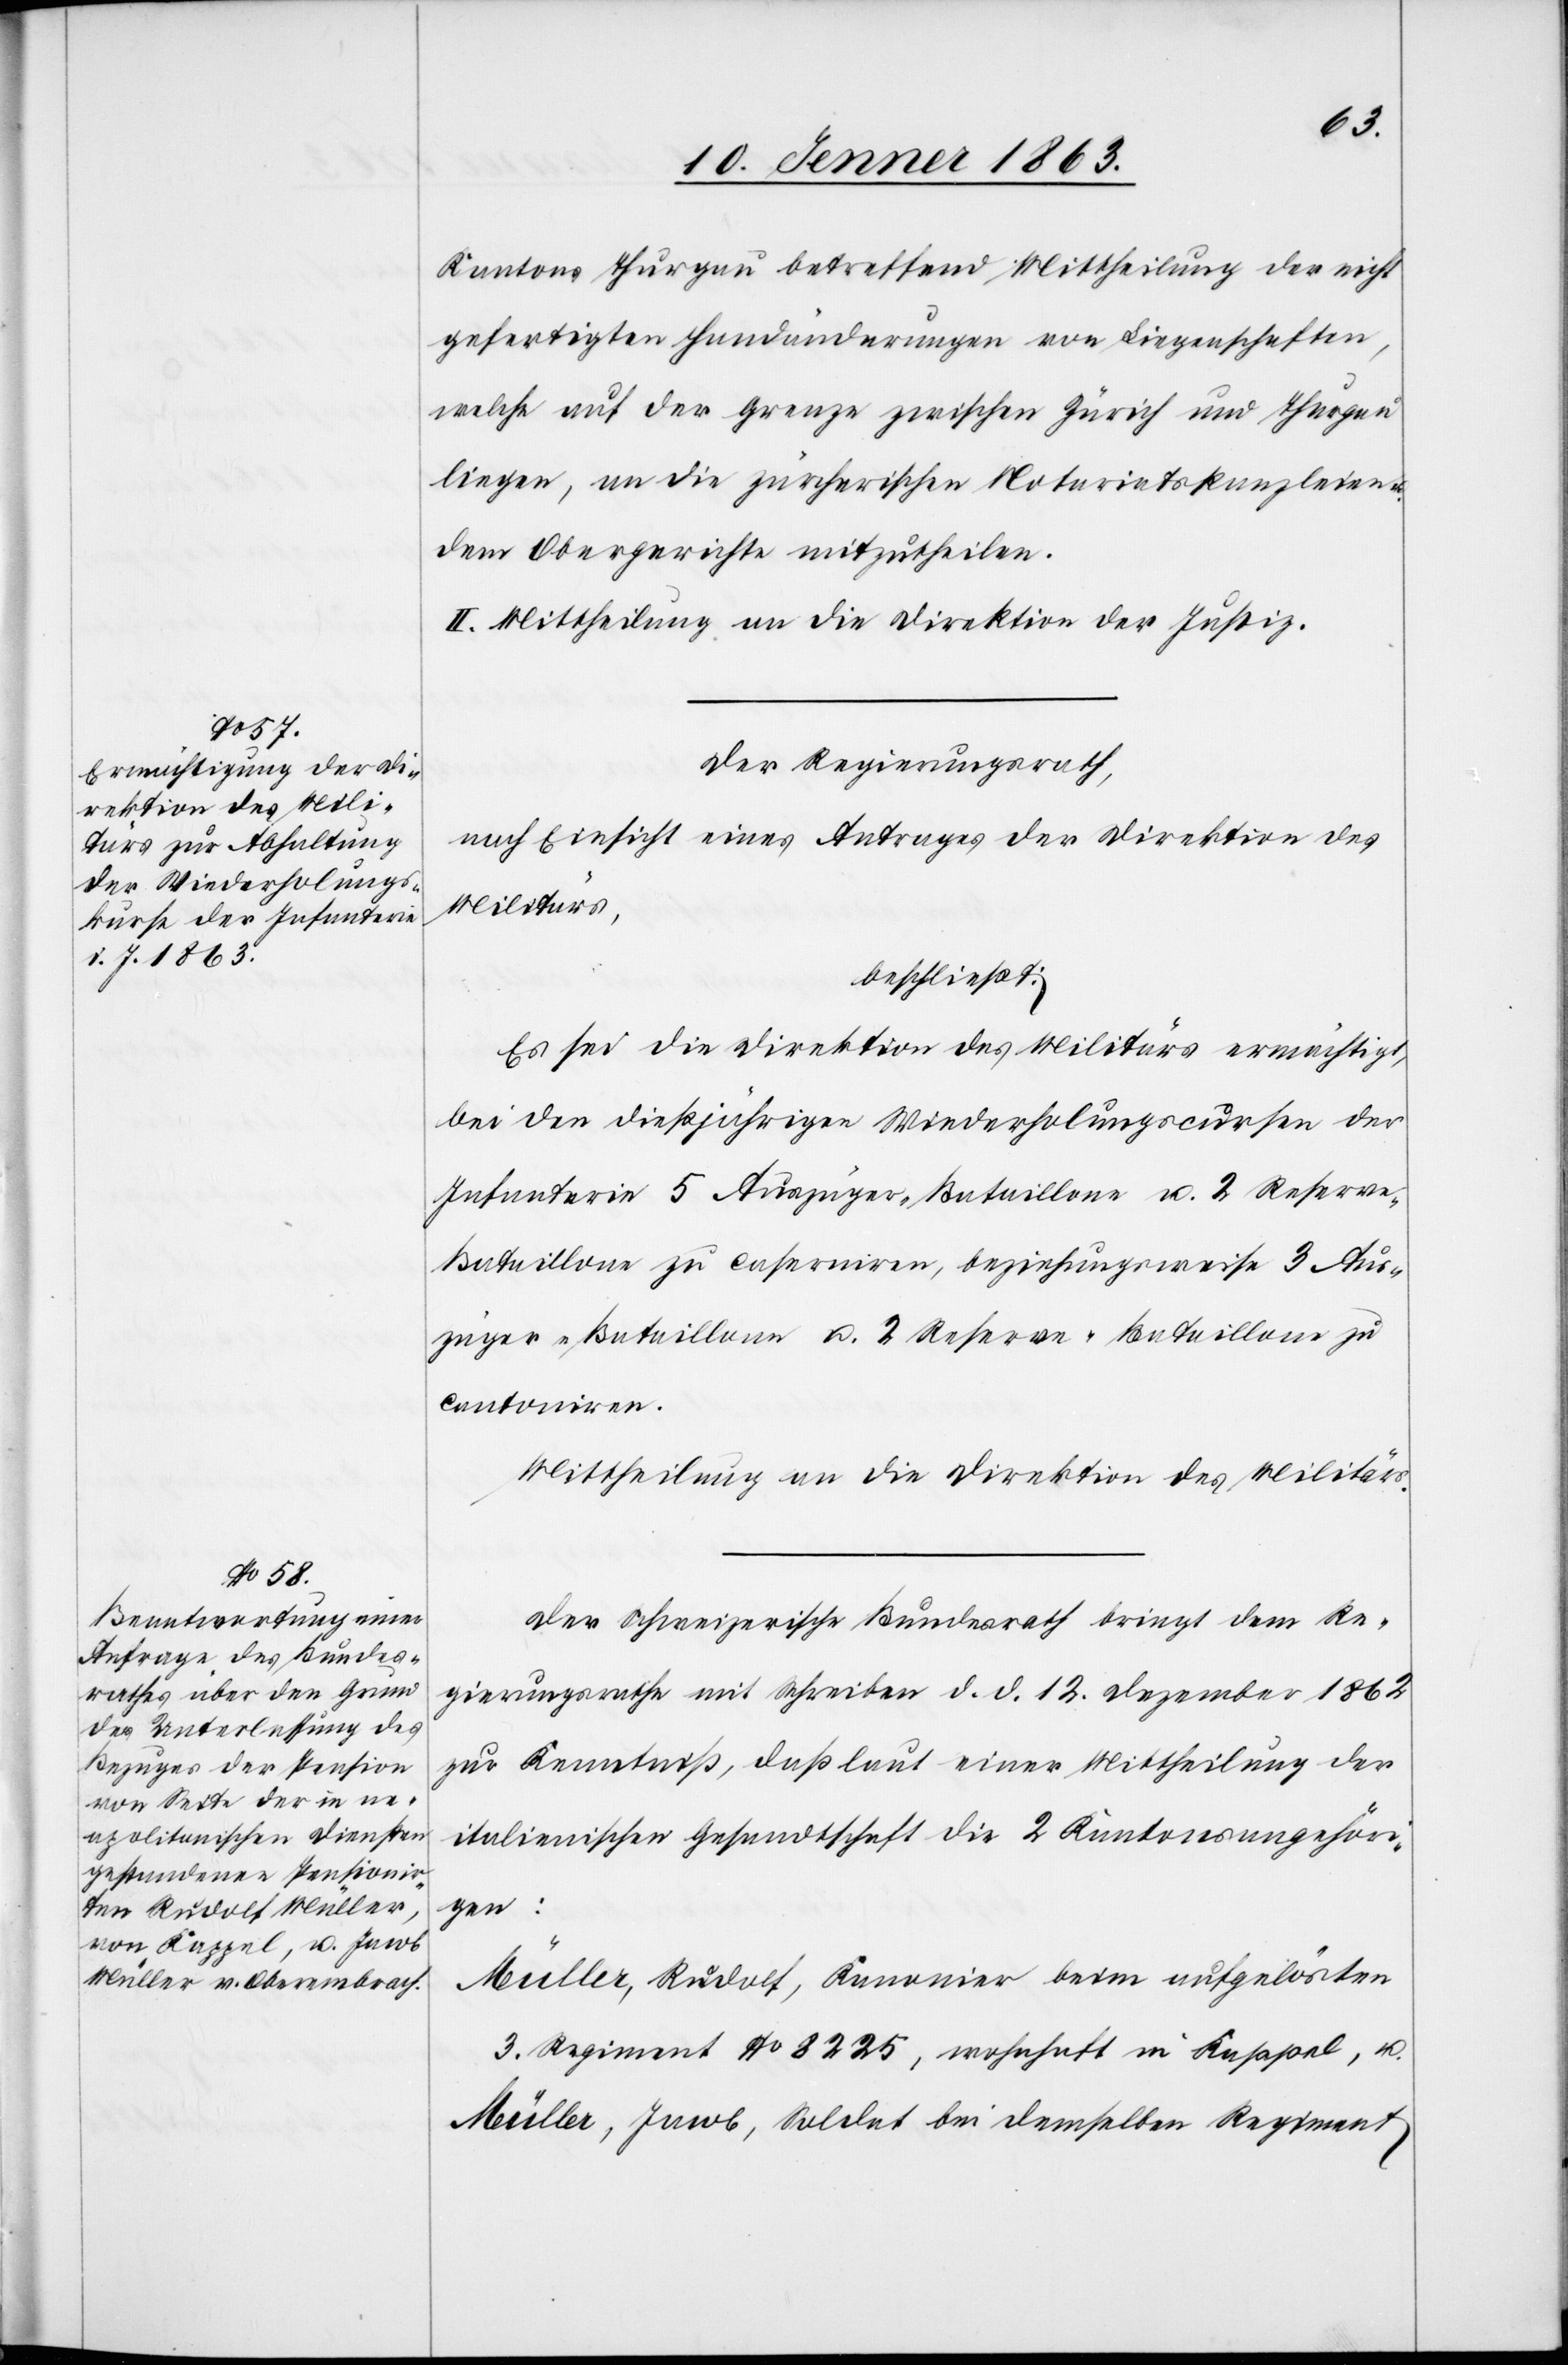
Kantons Thurgau betreffend Mittheilung der nicht
gefertigten Handänderungen von Liegenschaften,
welche auf der Grenze zwischen Zürich und Thurgau
liegen, an die zürcherischen Notariatskanzleien
dem Obergerichte mitzutheilen.
II. Mittheilung an die Direktion der Justiz.
Der Regierungsrath,
nach Einsicht eines Antrages der Direktion des
Militärs,
beschließt:
Es sei die Direktion des Militärs ermächtigt,
bei den dießjährigen Wiederholungscursen der
Infanterie 5 Auszüger-Bataillone u. 2 Reserve-B¬
ataillone zu caserniren, beziehungsweise 3 Aus¬
züger-Bataillone u. 2 Reserve-Bataillone zu
cantoniren.
Mittheilung an die Direktion des Militärs.
Der Schweizerische Bundesrath bringt dem Re¬
gierungsrathe mit Schreiben d. d. 12. Dezember 1862
zur Kenntniß, daß laut einer Mittheilung der
italienischen Gesandtschaft die 2 Kantonsangehöri¬
gen:
Müller, Rudolf, Kanonier beim aufgelösten
3. Regiment No 8225, wohnhaft in Kappel, u.
Müller, Jacob, Soldat bei demselben Regiment